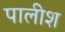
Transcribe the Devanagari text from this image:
पालीश